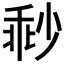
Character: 𡮓